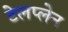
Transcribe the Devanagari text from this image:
टेलप्लेन